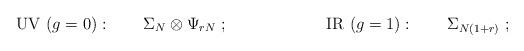
LaTeX: \begin{align*}\mathrm{UV}\ (g=0):\qquad \Sigma _{N}\otimes \Psi _{rN}\ ;\qquad \qquad\qquad \mathrm{IR\ }(g=1):\qquad \Sigma _{N(1+r)}\ ;\end{align*}